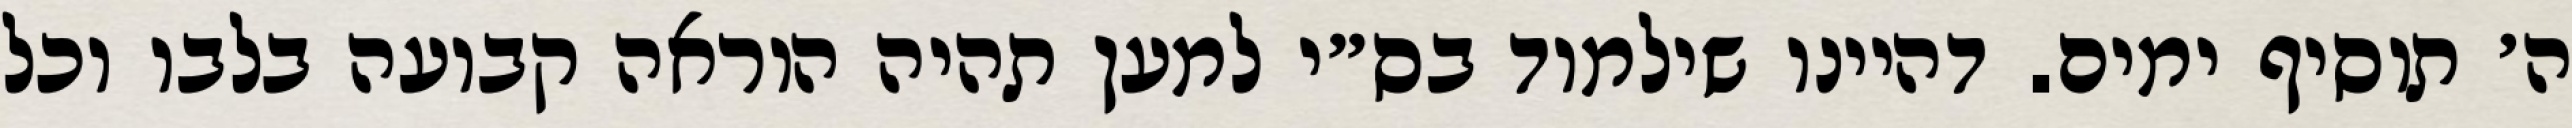
ה׳ תוסיף ימים. דהיינו שילמוד בס״י למען תהיה הוראה קבועה בלבו וכל